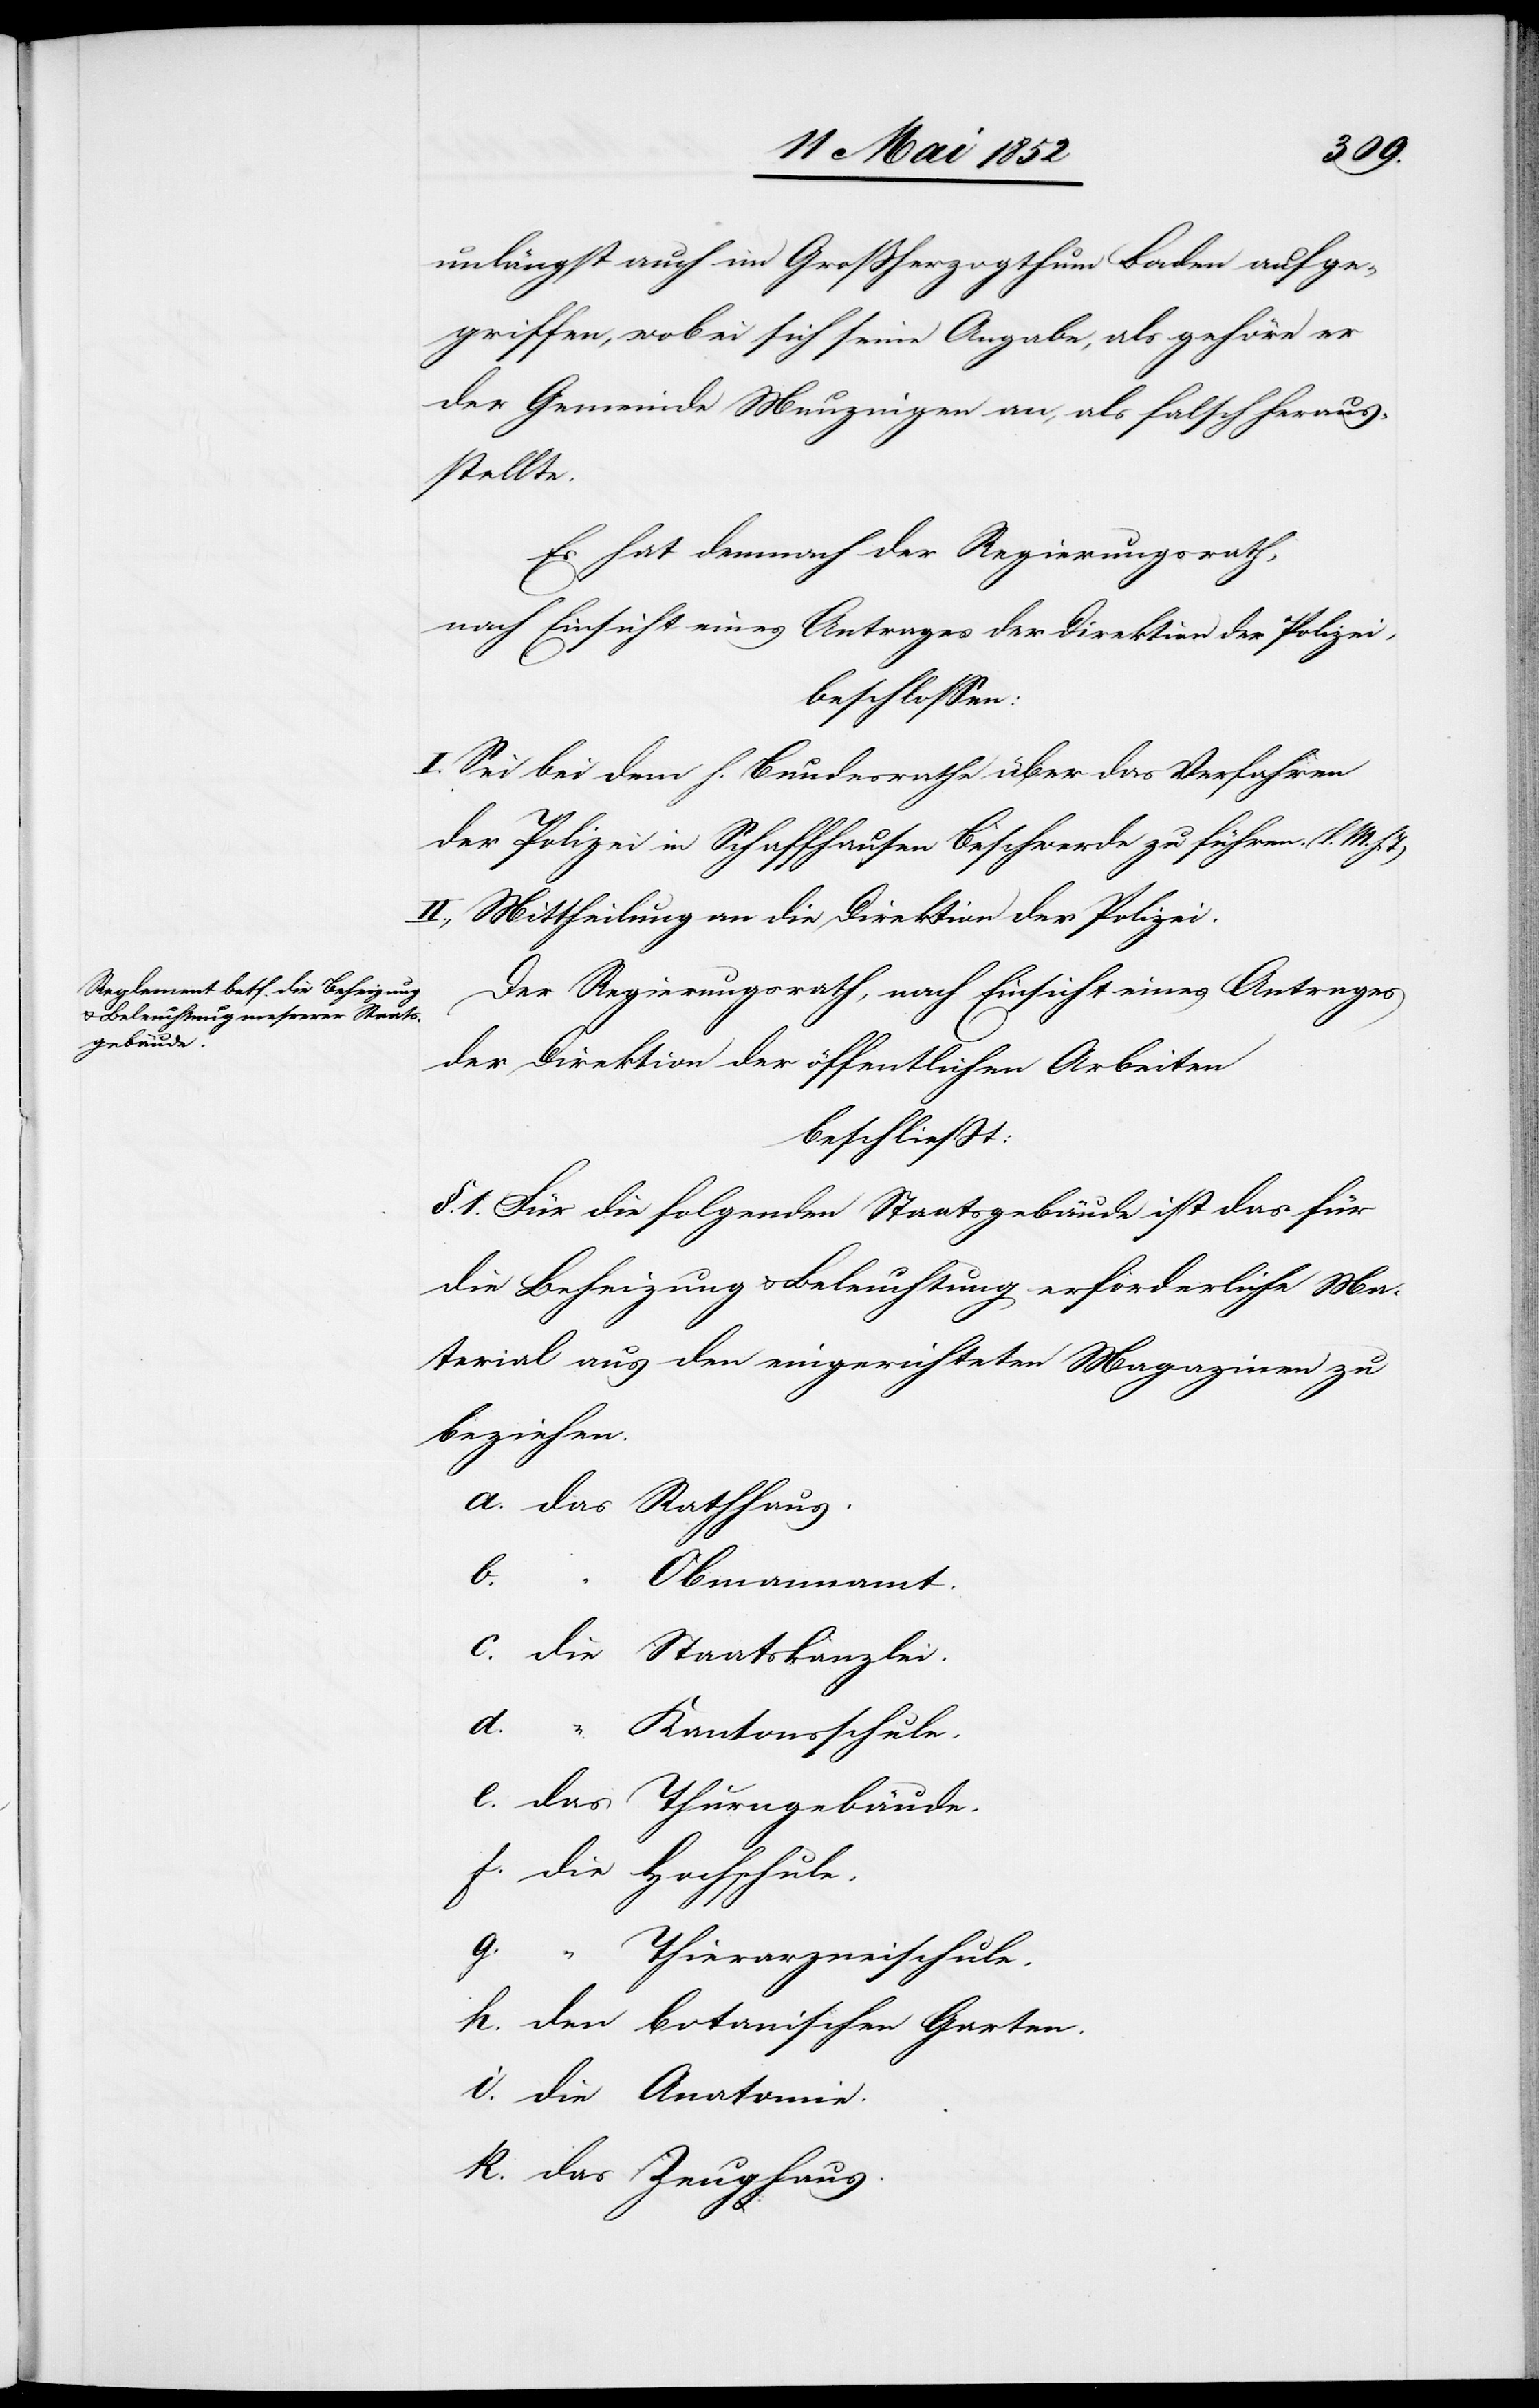
unlängst auch im Grossherzogthum Baden aufge¬
griffen, wobei sich seine Angabe, als gehöre er
der Gemeinde Munzingen an, als falsch heraus¬
stellte.
Es hat demnach der Regierungsrath,
nach Einsicht eines Antrages der Direktion der Polizei,
beschlossen:
I. Sei bei dem h. Bundesrathe über das Verfahren
der Polizei in Schaffhausen Beschwerde zu führen. (l. M. h.
II., Mittheilung an die Direktion der Polizei.
Der Regierungsrath, nach Einsicht eines Antrages
gebäude.
der Direktion der öffentlichen Arbeiten
beschliesst:
§. 1. Für die folgenden Staatsgebäude ist das für
die Beheizung & Beleuchtung erforderliche Ma¬
terial aus den eingerichteten Magazinen zu
beziehen.
k.
Zeughaus.
Obmannamt.
Kantonsschule.
Thierarzneischule.